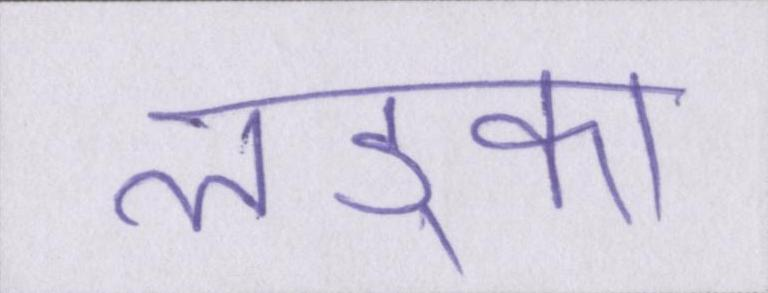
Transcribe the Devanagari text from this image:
लड़्का